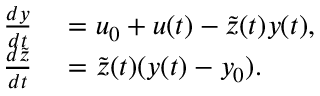
\begin{array} { r l } { \frac { d y } { d t } } & { { } = u _ { 0 } + u ( t ) - \tilde { z } ( t ) y ( t ) , } \\ { \frac { d \tilde { z } } { d t } } & { { } = \tilde { z } ( t ) ( y ( t ) - y _ { 0 } ) . } \end{array}